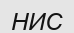
НИС